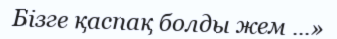
Бізге қаспақ болды жем ...»